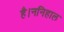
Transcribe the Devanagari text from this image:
है।ननिहाल